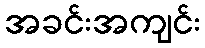
အခင်းအကျင်း